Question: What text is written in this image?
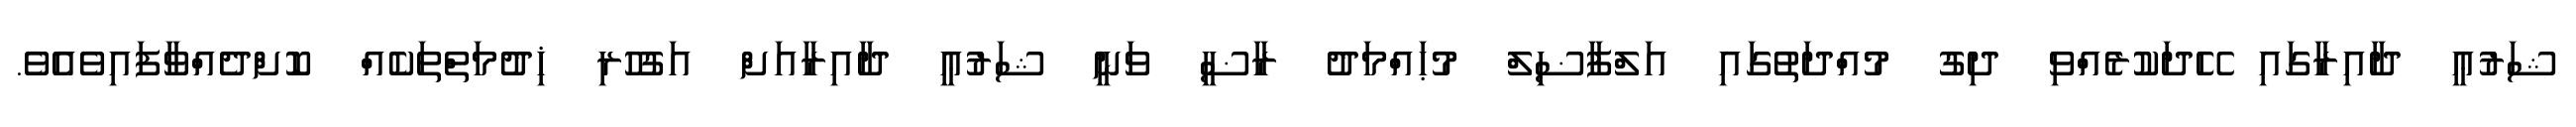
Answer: ޝަރުޢީ ދާއިރާގައި ހޭދަކުރެއްވި ދިގު މުއްދަތުގައި އަލްފާޟިލް މުޙައްމަދު ރާޟީ ވަނީ ޝަރުޢީ ދާއިރާއަށް އަގުހުރި ޚިދުމަތްތަކެއް ކޮށްދެއްވާފައިވެއެވެ.